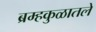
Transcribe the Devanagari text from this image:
ब्रम्हकुळातले